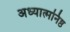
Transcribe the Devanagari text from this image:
अध्यात्मनिष्ठ